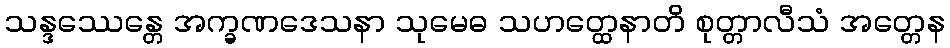
သန္ဒဿေန္တေ အက္ခဏဒေသနာ သုမေဓ သဟတ္ထေနာတိ စုတ္တာလီသံ အတ္တေန